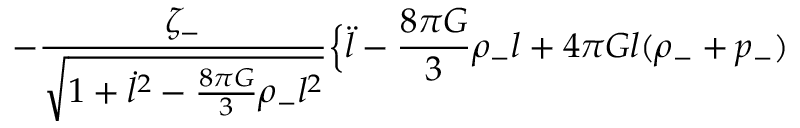
- \frac { \zeta _ { - } } { \sqrt { 1 + \dot { l } ^ { 2 } - \frac { 8 \pi G } { 3 } \rho _ { - } l ^ { 2 } } } \Bigl \{ \ddot { l } - \frac { 8 \pi G } { 3 } \rho _ { - } l + 4 \pi G l ( \rho _ { - } + p _ { - } )